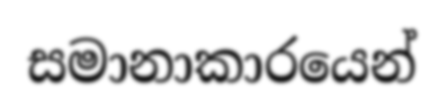
සමානාකාරයෙන්